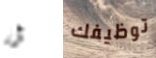
أن توظيفك